Jaan_Tonisson_(Lasteleht), lk 152
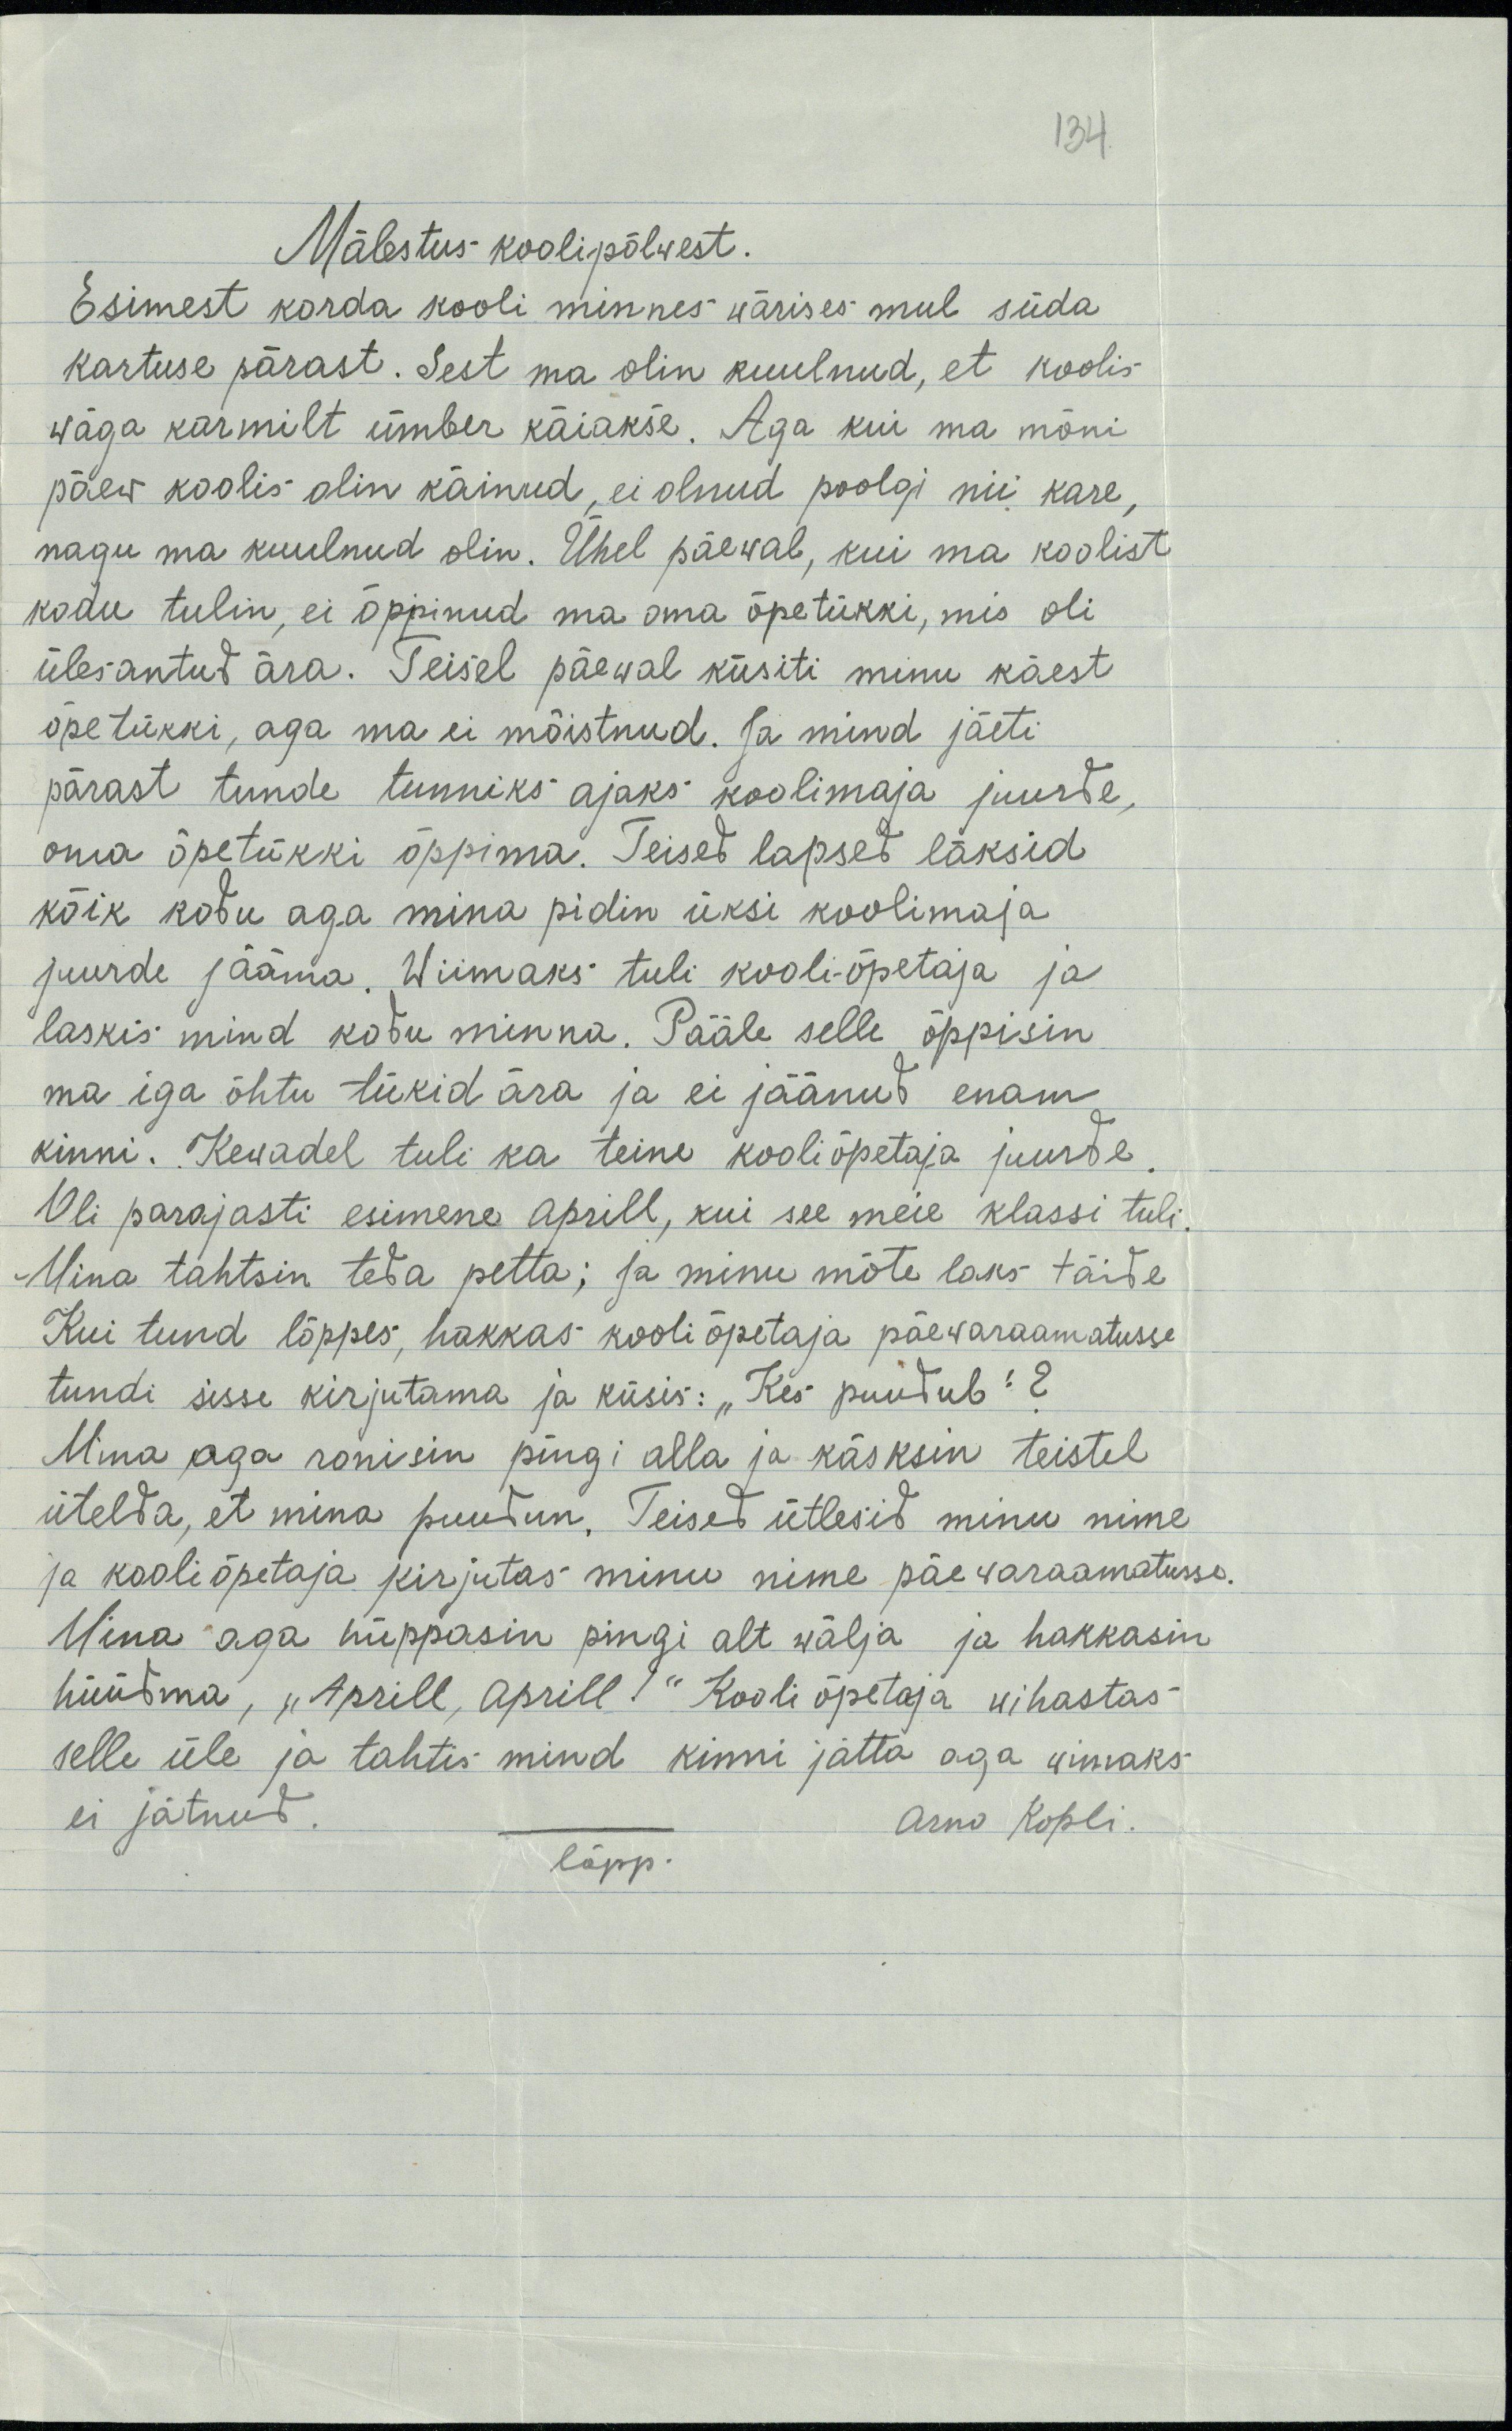
134
Mälestus koolipõlwest.
Esimest korda kooli minnes wärises mul süda
kartuse pärast. Sest ma olin kuulnud, et koolis
wäga karmilt ümber käiakse. Aga kui ma mõni
päew koolis olin käinud, ei olnud poolgi nii kare,
nagu ma kuulnud olin. Ühel päeval, kui ma koolist
kodu tulin, ei õppinud ma oma õpetükki, mis oli
ülesantud ära. Teisel päeval küsiti minu käest
õpetükki, aga ma ei mõistnud. Ja mind jäeti
pärast tunde tunniks ajaks koolimaja juurde,
oma õpetükki õppima. Teised lapsed läksid
kõik kodu aga mina pidin üksi koolimaja
juurde jääma. Wiimaks tuli kooli-õpetaja ja
laskis mind kodu minna. Pääle selle õppisin
ma iga õhtu tükid ära ja ei jäänud enam
kinni. Kewadel tuli ka teine kooli õpetaja juurde.
Oli parajasti esimene aprill, kui see meie klassi tuli.
Mina tahtsin teda petta; ja minu mõte laks täide
Kui tund lõppes, hakkas kooli õpetaja päewaraamatusse
tundi sisse kirjutama ja küsis: „Kes puudub“?
Mina aga ronisin pingi alla ja käskisin teistel
ütelda, et mina puudun. Teised ütlesid minu nime
ja kooli õpetaja kirjutas minu nime päewaraamatusse.
Mina aga hüppasin pingi alt wälja ja hakkasin
hüüdma, „Aprill, aprill!“ Kooli õpetaja wihastas
selle üle ja tahtis mind kinni jätta aga wiimaks
ei jätnud.
Arno Kopli.
Lõpp.